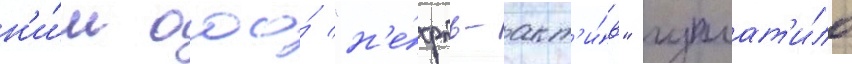
н'и́м ооо́ "н'е́фть-акт'и́в" уплат'и́ло